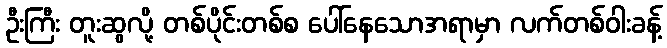
ဦးကြီး တူးဆွလို့ တစ်ပိုင်းတစ်စ ပေါ်နေသောအရာမှာ လက်တစ်ဝါးခန့်